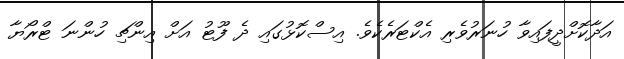
އަދާކޮށްދީފައިވާ ހުނަރުވެރި އެކްޓަރެކެވެ. އިސްކޮޅުގައި ދެ ފޫޓު އަށް އިންޗި ހުންނަ ޓްރޯޔާ